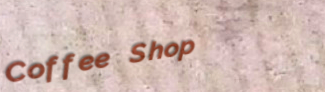
Coffee Shop